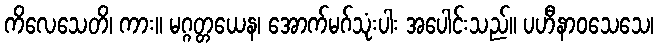
ကိလေသေတိ၊ ကား။ မဂ္ဂတ္တယေန၊ အောက်မဂ်သုံးပါး အပေါင်းသည်။ ပဟီနာဝသေသေ၊